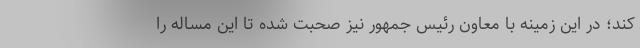
کند؛ در این زمینه با معاون رئیس جمهور نیز صحبت شده تا این مساله را